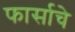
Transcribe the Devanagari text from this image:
फार्साचे